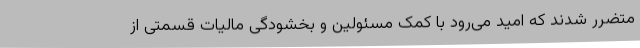
متضرر شدند که امید می‌رود با کمک مسئولین و بخشودگی مالیات قسمتی از